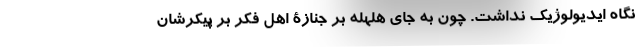
نگاه ایدیولوژیک نداشت. چون به جای هلهله بر جنازۀ اهل فکر بر پیکرشان